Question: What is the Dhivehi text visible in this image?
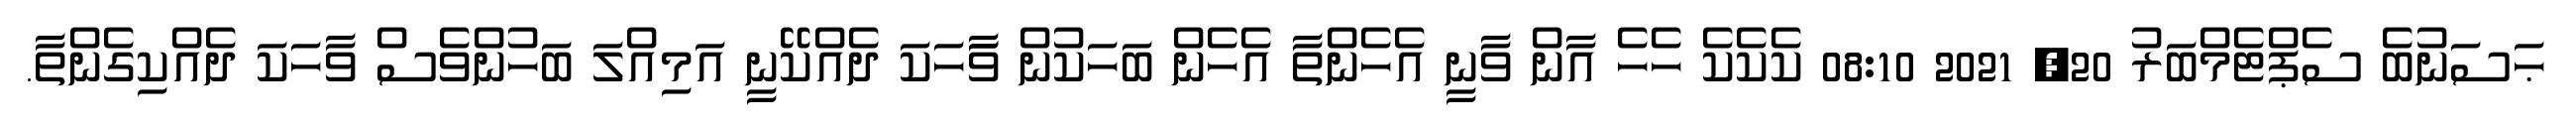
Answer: ޙަސަނުބެ ސެޕްޓެމްބަރު 20, 2021 08:10 ކެކެކެ ހެހެ އާން ވާނީ އެހެންތާ އެހެން ބަހަކުން ވަާހަކަ ދެއްކޭނީ އަމިއްލަ ބަހުންވެސް ވާހަކަ ދެއްކިގެންތާ.